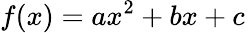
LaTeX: f(x)=ax^{2}+bx+c\,